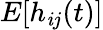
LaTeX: E[h_{\mathit{i}j}(t)]